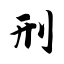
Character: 刑